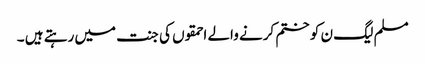
مسلم لیگ ن کو ختم کرنے والے احمقوں کی جنت میں رہتے ہیں ۔